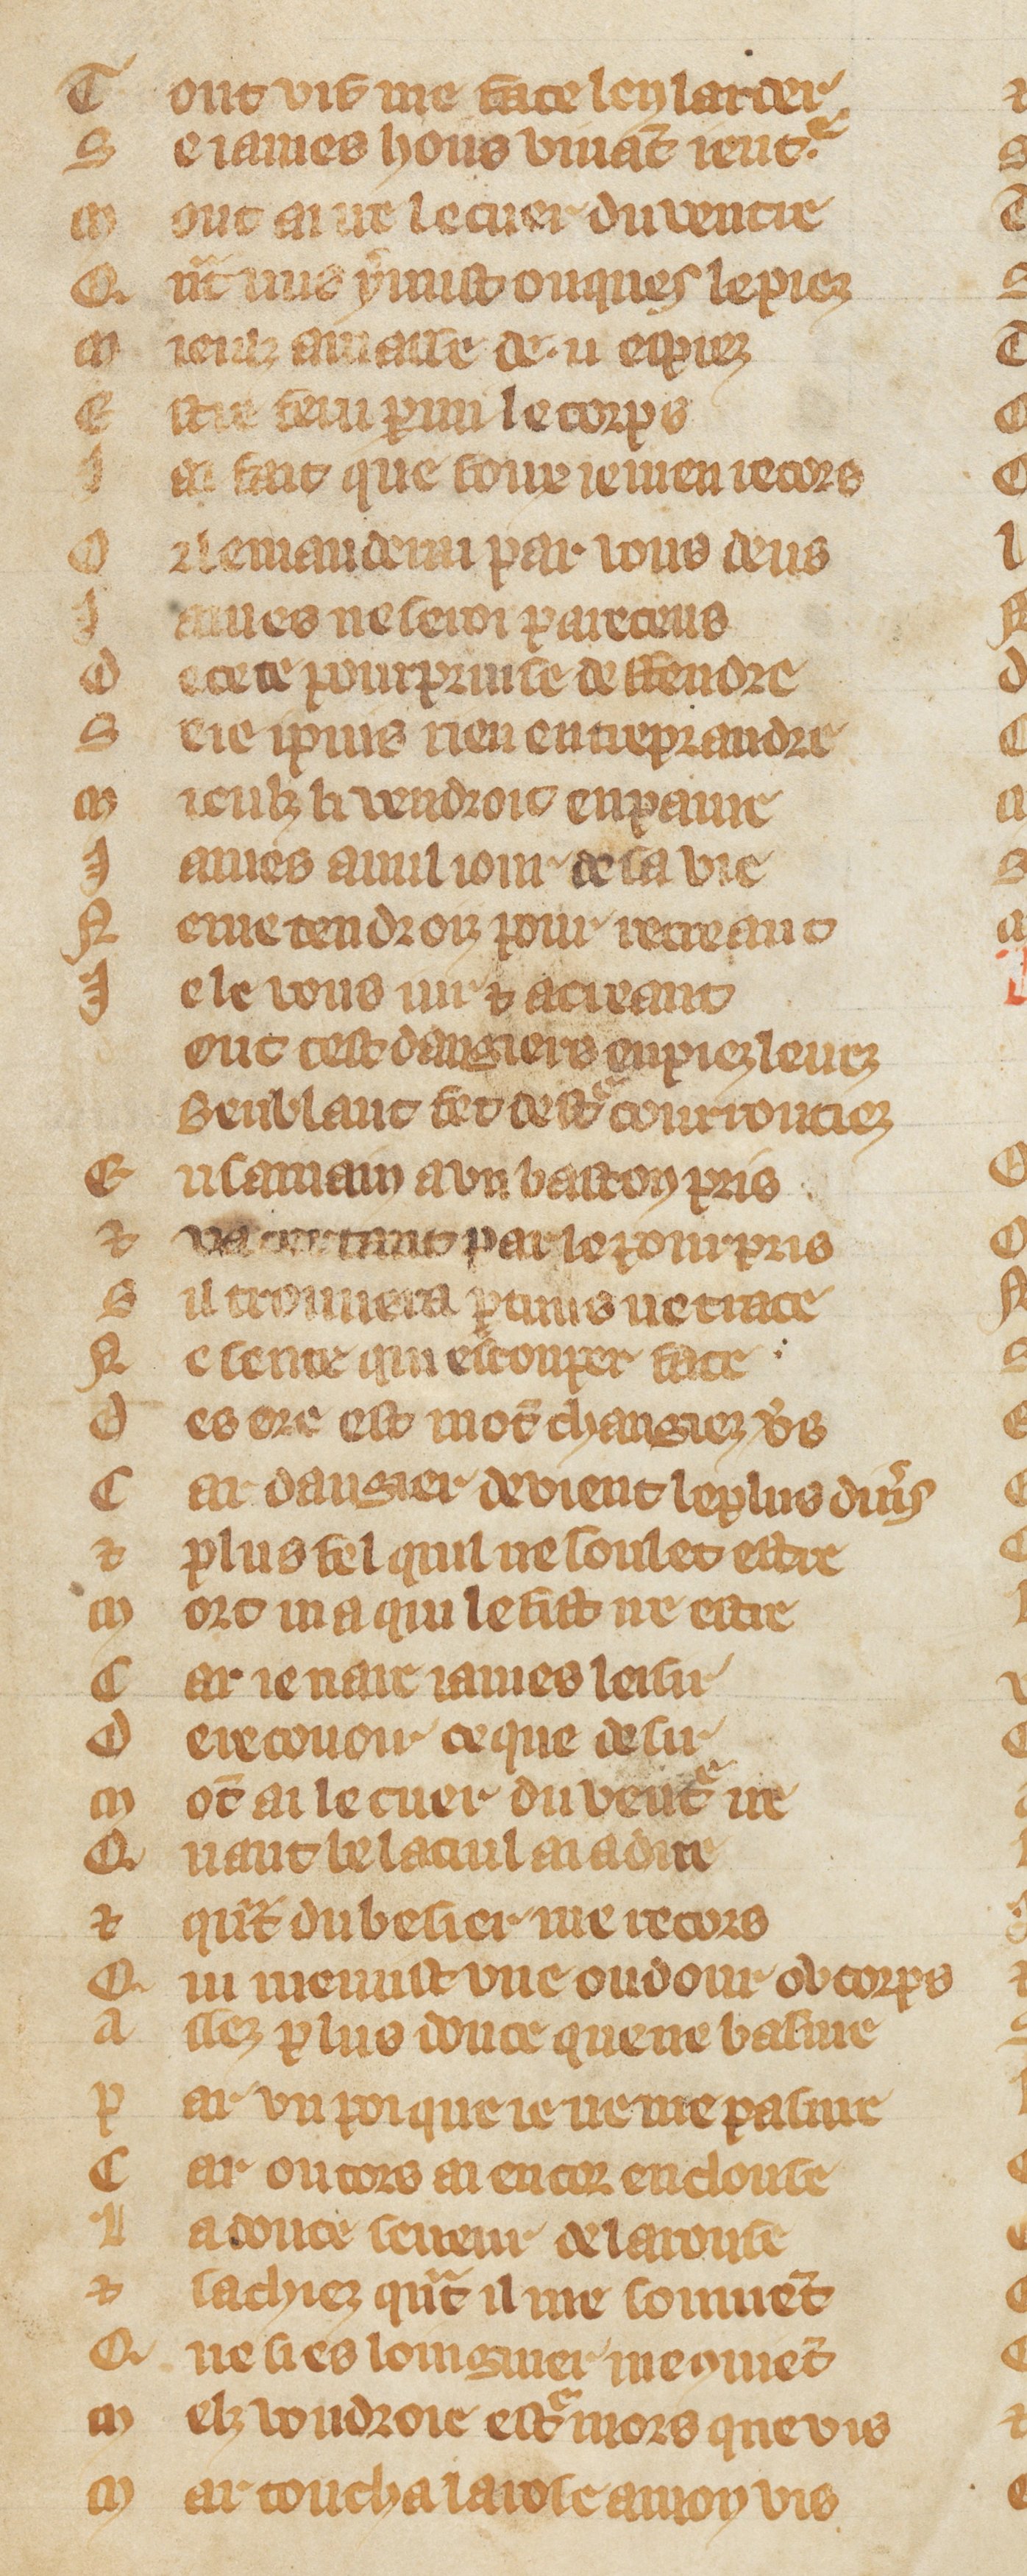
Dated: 1300–1349